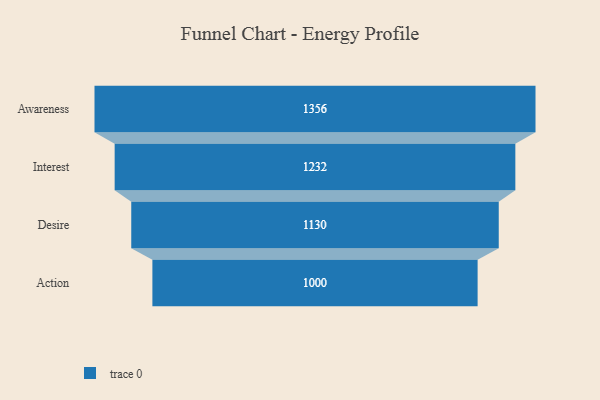
{"axis": {"x": "Stage", "y": "Value"}, "legend": [""], "data": [{"x": "Awareness", "y": 1356.0, "type": ""}, {"x": "Interest", "y": 1232.0, "type": ""}, {"x": "Desire", "y": 1130.0, "type": ""}, {"x": "Action", "y": 1000.0, "type": ""}]}